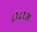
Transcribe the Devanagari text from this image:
८१८१अ